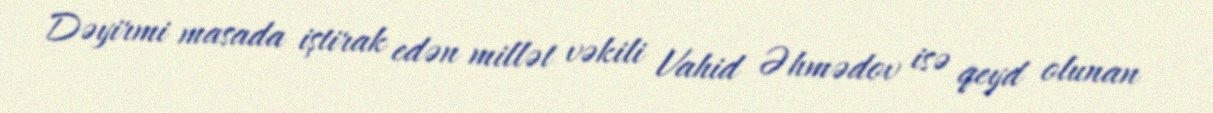
Dəyirmi masada iştirak edən millət vəkili Vahid Əhmədov isə qeyd olunan